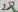
Text: 28